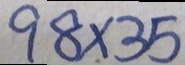
9 8 \times 3 5